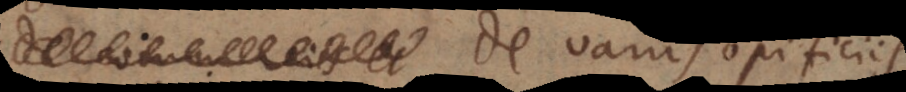
De variis opificiis.